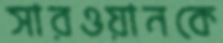
সারওয়ানকে